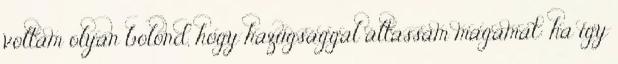
voltam olyan bolond, hogy hazugsággal áltassam magamat: ha így